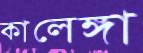
কালেঙ্গা